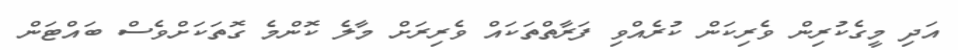
އަދި މީގެކުރިން ވެރިކަން ކުރެއްވި ފަރާތްތަކައް ވެރިރަށް މާލެ ކޮންމެ ގޮތަކަށްވެސް ބައްޓަން